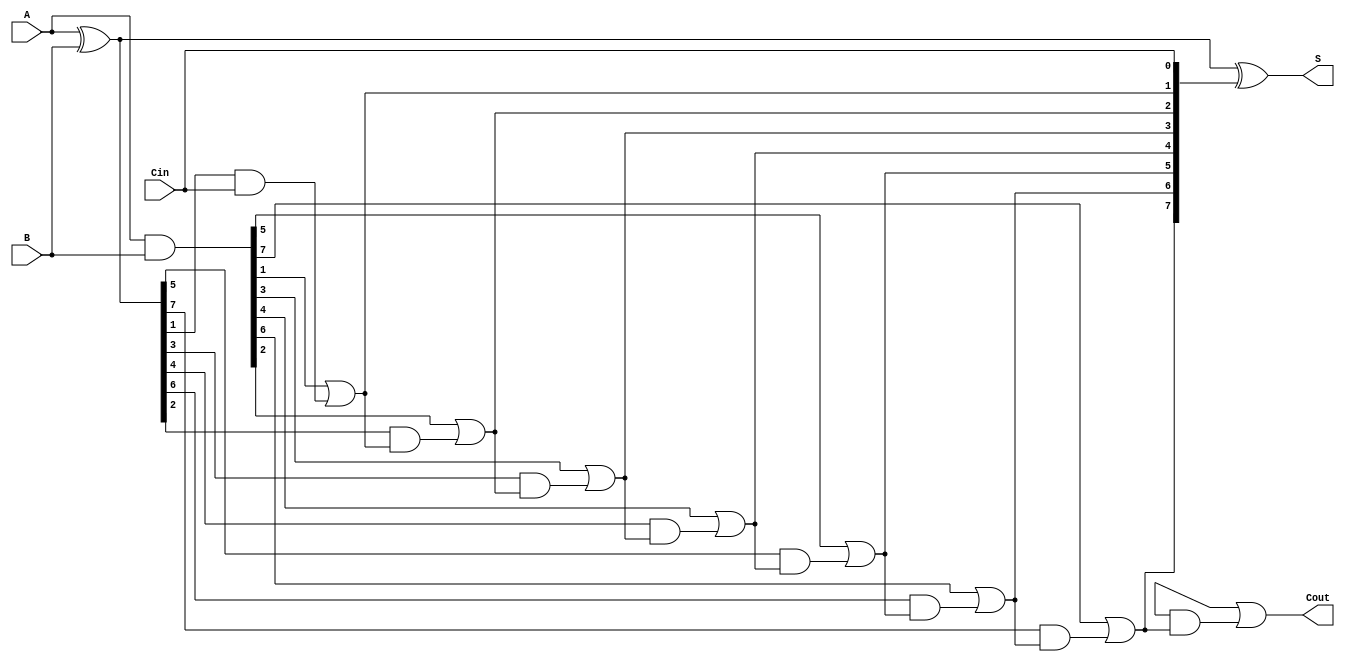
module BrentKungAdder #(parameter N = 8) (
    input  wire [N-1:0] A,      // First n-bit input
    input  wire [N-1:0] B,      // Second n-bit input
    input  wire Cin,             // Carry-in
    output wire [N-1:0] S,       // n-bit sum output
    output wire Cout             // Carry-out output
);

    // Generate and Propagate signals
    wire [N-1:0] G;              // Generate signals
    wire [N-1:0] P;              // Propagate signals
    wire [N:0] C;                // Carry signals (C[0] = Cin)

    // Level 0: Calculate Generate and Propagate signals
    assign G = A & B;            // G[i] = A[i] & B[i]
    assign P = A ^ B;            // P[i] = A[i] ^ B[i]

    // Level 1: Calculate carry signals
    assign C[0] = Cin;           // C[0] = Cin
    genvar i;

    // Generate carry signals for each level
    generate
        for (i = 0; i < N/2; i = i + 1) begin : level1
            assign C[2*i + 1] = G[2*i + 1] | (P[2*i + 1] & C[2*i]);
            assign C[2*i + 2] = G[2*i + 2] | (P[2*i + 2] & C[2*i + 1]);
        end
    endgenerate

    // Level 2: Continue calculating carry signals
    generate
        for (i = 0; i < N/4; i = i + 1) begin : level2
            assign C[4*i + 3] = G[4*i + 3] | (P[4*i + 3] & C[4*i + 2]);
            assign C[4*i + 4] = G[4*i + 4] | (P[4*i + 4] & C[4*i + 3]);
        end
    endgenerate

    // Level 3: Final carry signals
    generate
        for (i = 0; i < N/8; i = i + 1) begin : level3
            assign C[8*i + 7] = G[8*i + 7] | (P[8*i + 7] & C[8*i + 6]);
            assign C[8*i + 8] = G[8*i + 8] | (P[8*i + 8] & C[8*i + 7]);
        end
    endgenerate

    // Sum calculation
    assign S = P ^ C[N-1:0];      // S[i] = P[i] ^ C[i]

    // Final carry-out
    assign Cout = C[N];

endmodule